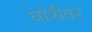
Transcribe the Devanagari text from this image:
घोरीवर